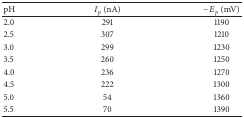
| pH | Ip (nA) | −Ep (mV) |
 | --- | --- | --- |
 | 2.0 | 291 | 1190 |
 | 2.5 | 307 | 1210 |
 | 3.0 | 299 | 1230 |
 | 3.5 | 260 | 1250 |
 | 4.0 | 236 | 1270 |
 | 4.5 | 222 | 1300 |
 | 5.0 | 54 | 1360 |
 | 5.5 | 70 | 1390 |